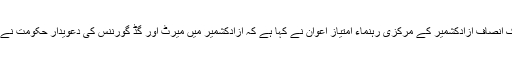
27 مئی2018ء) تحریک انصاف آزادکشمیر کے مرکزی رہنماء امتیاز اعوان نے کہا ہے کہ آزادکشمیر میں میرٹ اور گڈ گورننس کی دعویدار حکومت نے لوٹ سیل لگا رکھی ہے۔